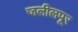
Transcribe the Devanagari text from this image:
जलीलपूर